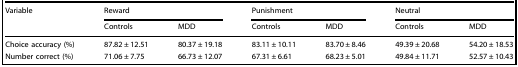
| <ROWSPAN=2> Variable | <COLSPAN=2> Reward | <COLSPAN=2> Punishment | <COLSPAN=2> Neutral |
 | Controls | MDD | Controls | MDD | Controls | MDD |
 | --- | --- | --- | --- | --- | --- | --- |
 | Choice accuracy (%) | 87.82 ± 12.51 | 80.37 ± 19.18 | 83.11 ± 10.11 | 83.70 ± 8.46 | 49.39 ± 20.68 | 54.20 ± 18.53 |
 | Number correct (%) | 71.06 ± 7.75 | 66.73 ± 12.07 | 67.31 ± 6.61 | 68.23 ± 5.01 | 49.84 ± 11.71 | 52.57 ± 10.43 |